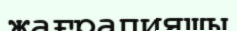
жағрапияшы